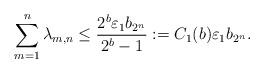
LaTeX: \begin{align*}\sum_{m=1}^n\lambda_{m,n}\le \dfrac{ 2^b \varepsilon_1 b_{2^{n}}}{2^b-1}:=C_1(b)\varepsilon_1 b_{2^{n}}.\end{align*}